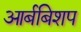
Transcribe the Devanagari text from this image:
आर्बबिशप